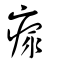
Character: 瘝